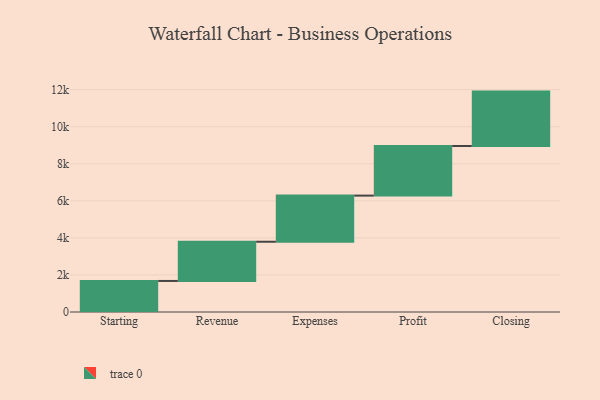
{"axis": {"x": "Step", "y": "Value"}, "legend": [""], "data": [{"x": "Starting", "y": 1676.0, "type": ""}, {"x": "Revenue", "y": 2116.0, "type": ""}, {"x": "Expenses", "y": 2490.0, "type": ""}, {"x": "Profit", "y": 2679.0, "type": ""}, {"x": "Closing", "y": 2935.0, "type": ""}]}